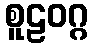
စူဠဝဂ္ဂ